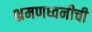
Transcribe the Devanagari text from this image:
भ्रमणध्वनीची